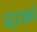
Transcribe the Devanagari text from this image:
दट्ट्याचे